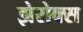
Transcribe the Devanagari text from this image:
झेरोक्स